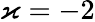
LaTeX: \varkappa=-2